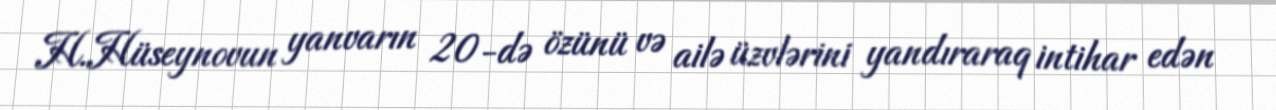
H.Hüseynovun yanvarın 20-də özünü və ailə üzvlərini yandıraraq intihar edən